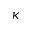
\kappa